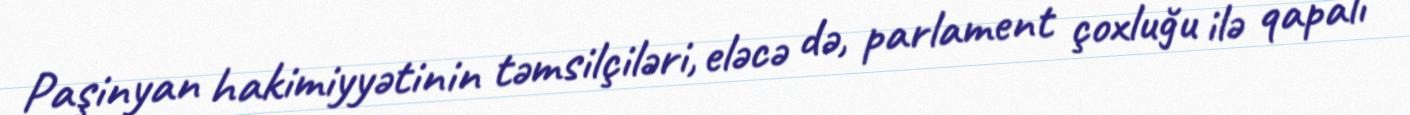
Paşinyan hakimiyyətinin təmsilçiləri, eləcə də, parlament çoxluğu ilə qapalı